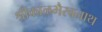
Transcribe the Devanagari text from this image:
श्रीकाळभैरवनाथ